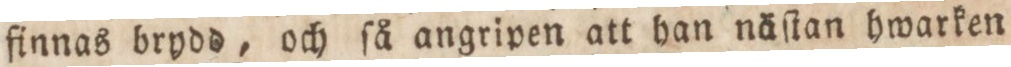
finnas brydd, och ſå angripen att han näſtan hwarken